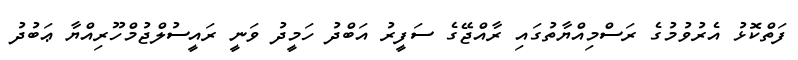
ފަތްކޮޅު އެރުވުމުގެ ރަސްމިއްޔާތުގައި ރާއްޖޭގެ ސަފީރު އަބްދު ހަމީދު ވަނީ ރައީސުލްޖުމްހޫރިއްޔާ ޢަބުދު